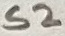
Text: S2